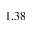
1 . 3 8